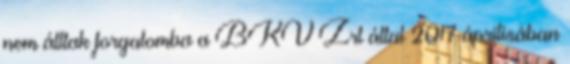
nem álltak forgalomba a BKV Zrt által 2017 áprilisában